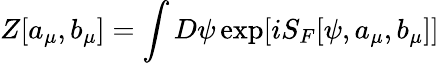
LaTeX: Z[a_{\mu},b_{\mu}]=\int D\psi\exp[iS_{F}[\psi,a_{\mu},b_{\mu}]]